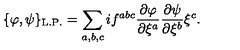
\{ \varphi , \psi \} _ { \mathrm { \tiny \mathrm { L . P . } } } = \sum _ { a , b , c } i f ^ { a b c } \frac { \partial \varphi } { \partial \xi ^ { a } } \frac { \partial \psi } { \partial \xi ^ { b } } \xi ^ { c } .